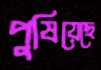
পুষিয়েছে